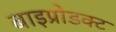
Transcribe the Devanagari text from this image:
बाइप्रोडक्ट